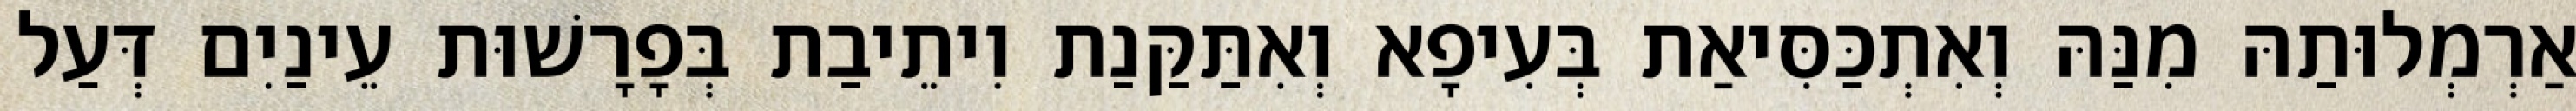
אַרְמְלוּתַהּ מִנַּהּ וְאִתְכַּסִּיאַת בְּעִיפָא וְאִתַּקַּנַת וִיתֵיבַת בְּפָרָשׁוּת עֵינַיִם דְּעַל